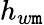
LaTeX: h_{w\mathtt{m}}